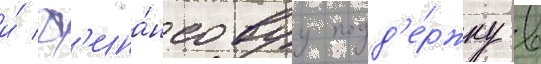
и́ ф'ина́нсовуу подд'е́ржку в